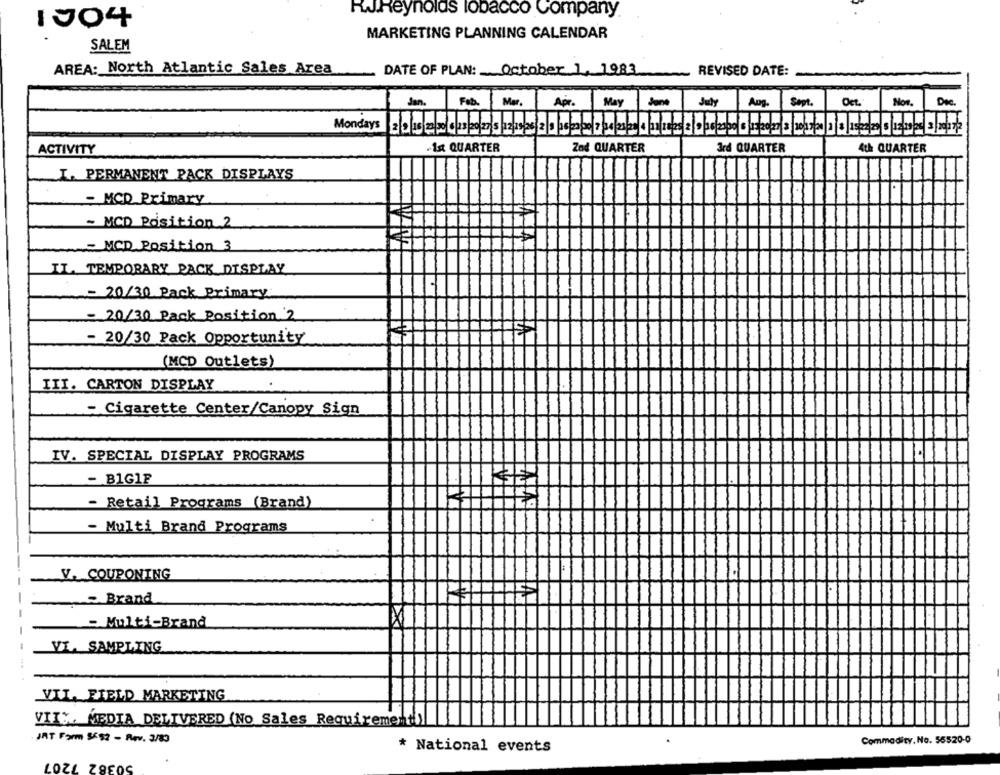
R.J.Reynolds tobacco Company
1004
MARKETING PLANNING CALENDAR
SALEM
AREA: North Atlantic Sales Area
DATE OF PLAN: October 1, 1983
REVISED DATE:
Jan.
Mar.
July
Aug.
Sept.
Det.
Non.
Dic.
Feb.
Apr.
May
done
.1st QUARTER
Zad QUARTER
4th QUARTER
ACTIVITY
3rd QUARTER
I. PERMANENT PACK DISPLAYS
- MCD Primary
- MCD Position 2
- MCD Position 3
IL. TEMPORARY PACK DISPLAY
- 20/30 Pack Primary
- 20/30 Pack Position 2
- 20/30 Pack Opportunity
(MCD Outlets)
III. CARTON DISPLAY
- Cigarette Center/Canopy Sign
IV. SPECIAL DISPLAY PROGRAMS
- B1GIF
- Retail Programs (Brand)
- Multi Brand Programs
V. COUPONING
Brand
- Multi-Brand
VI. SAMPLING
VIL. FIELD MARKETING
VII :. MEDIA DELIVERED (No Sales Requirement)
JAT Form 5552 - Rev. 3/83
Commodity, No. 55520-0
* National events
50382 7207